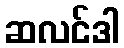
ဆလင်ဒါ